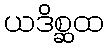
ယဒိစ္ဆထ